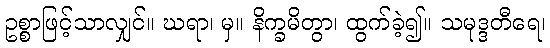
ဥစ္စာဖြင့်သာလျှင်။ ဃရာ၊ မှ။ နိက္ခမိတွာ၊ ထွက်ခဲ့၍။ သမုဒ္ဒတီရေ၊